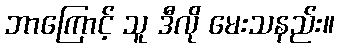
ဘာကြောင့် သူ ဒီလို မေးသနည်း။